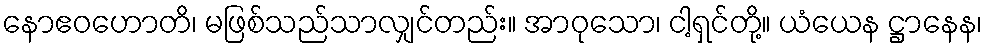
နောဧဝဟောတိ၊ မဖြစ်သည်သာလျှင်တည်း။ အာဝုသော၊ ငါ့ရှင်တို့။ ယံယေန ဋ္ဌာနေန၊